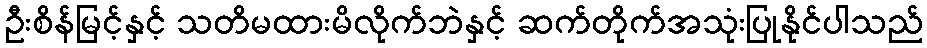
ဦးစိန်မြင့်နှင့် သတိမထားမိလိုက်ဘဲနှင့် ဆက်တိုက်အသုံးပြုနိုင်ပါသည်